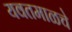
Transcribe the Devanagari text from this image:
यवतमाळचे